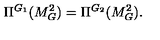
\Pi ^ { G _ { 1 } } ( M _ { G } ^ { 2 } ) = \Pi ^ { G _ { 2 } } ( M _ { G } ^ { 2 } ) .